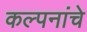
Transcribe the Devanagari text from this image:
कल्‍पनांचे